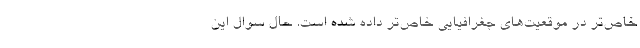
خاص‌تر در موقعیت‌های جغرافیایی‌ خاص‌تر داده شده است. حال سوال این